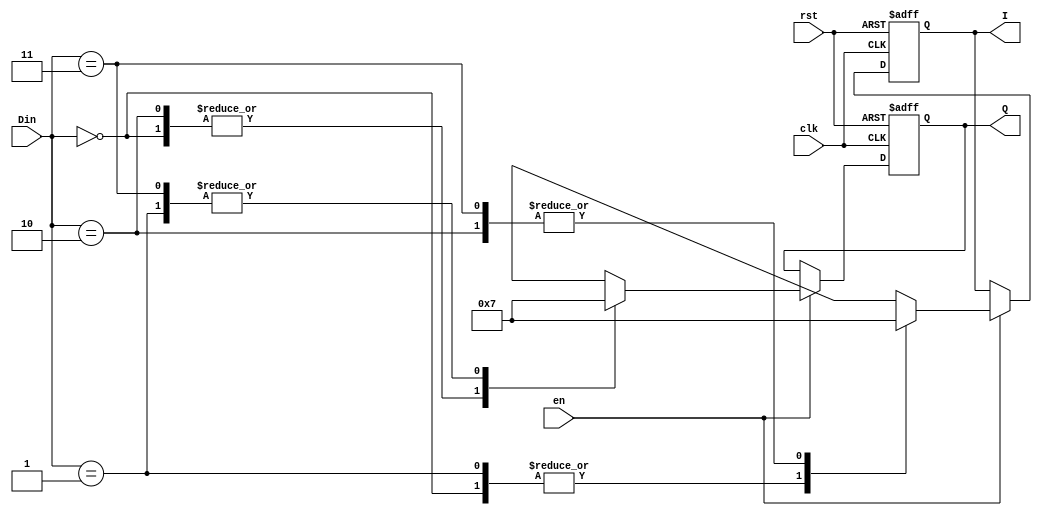
module SM(clk, rst, en, Din, I, Q);
input clk, rst, en;
input [1:0] Din;
output reg [1:0] I;
output reg [1:0] Q;
//

// 4-QAM constellation mapping
always @(posedge clk or posedge rst) begin
      if (rst) begin
          I <= 2'b00;
          Q <= 2'b00; 
      end
      else if(en) begin
            case(Din)
             0: begin
                  I <= 2'b01;
                  Q <= 2'b01;
             end
             1: begin
                  I <= 2'b01;
                  Q <= 2'b11;
             end
             2: begin
                  I <= 2'b11;
                  Q <= 2'b01;
             end
             3: begin
                  I <= 2'b11;
                  Q <= 2'b11;
             end
             default : begin
                  I <= I;
                  Q <= Q;
             end
            endcase
      end
      else begin
            I <= I;
            Q <= Q;
      end
end

endmodule